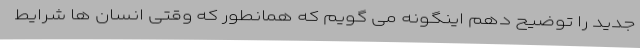
جدید را توضیح دهم اینگونه می گویم که همانطور که وقتی انسان ها شرایط